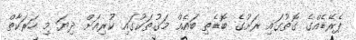
ޕެރޭޑެއްގެ ގޮތުގައި ރަށުގެ ބޮޑެތި ބައެއް މަގުތަކުގައި ކުރިއަށް ދިޔަ މި ހަރަކާތް